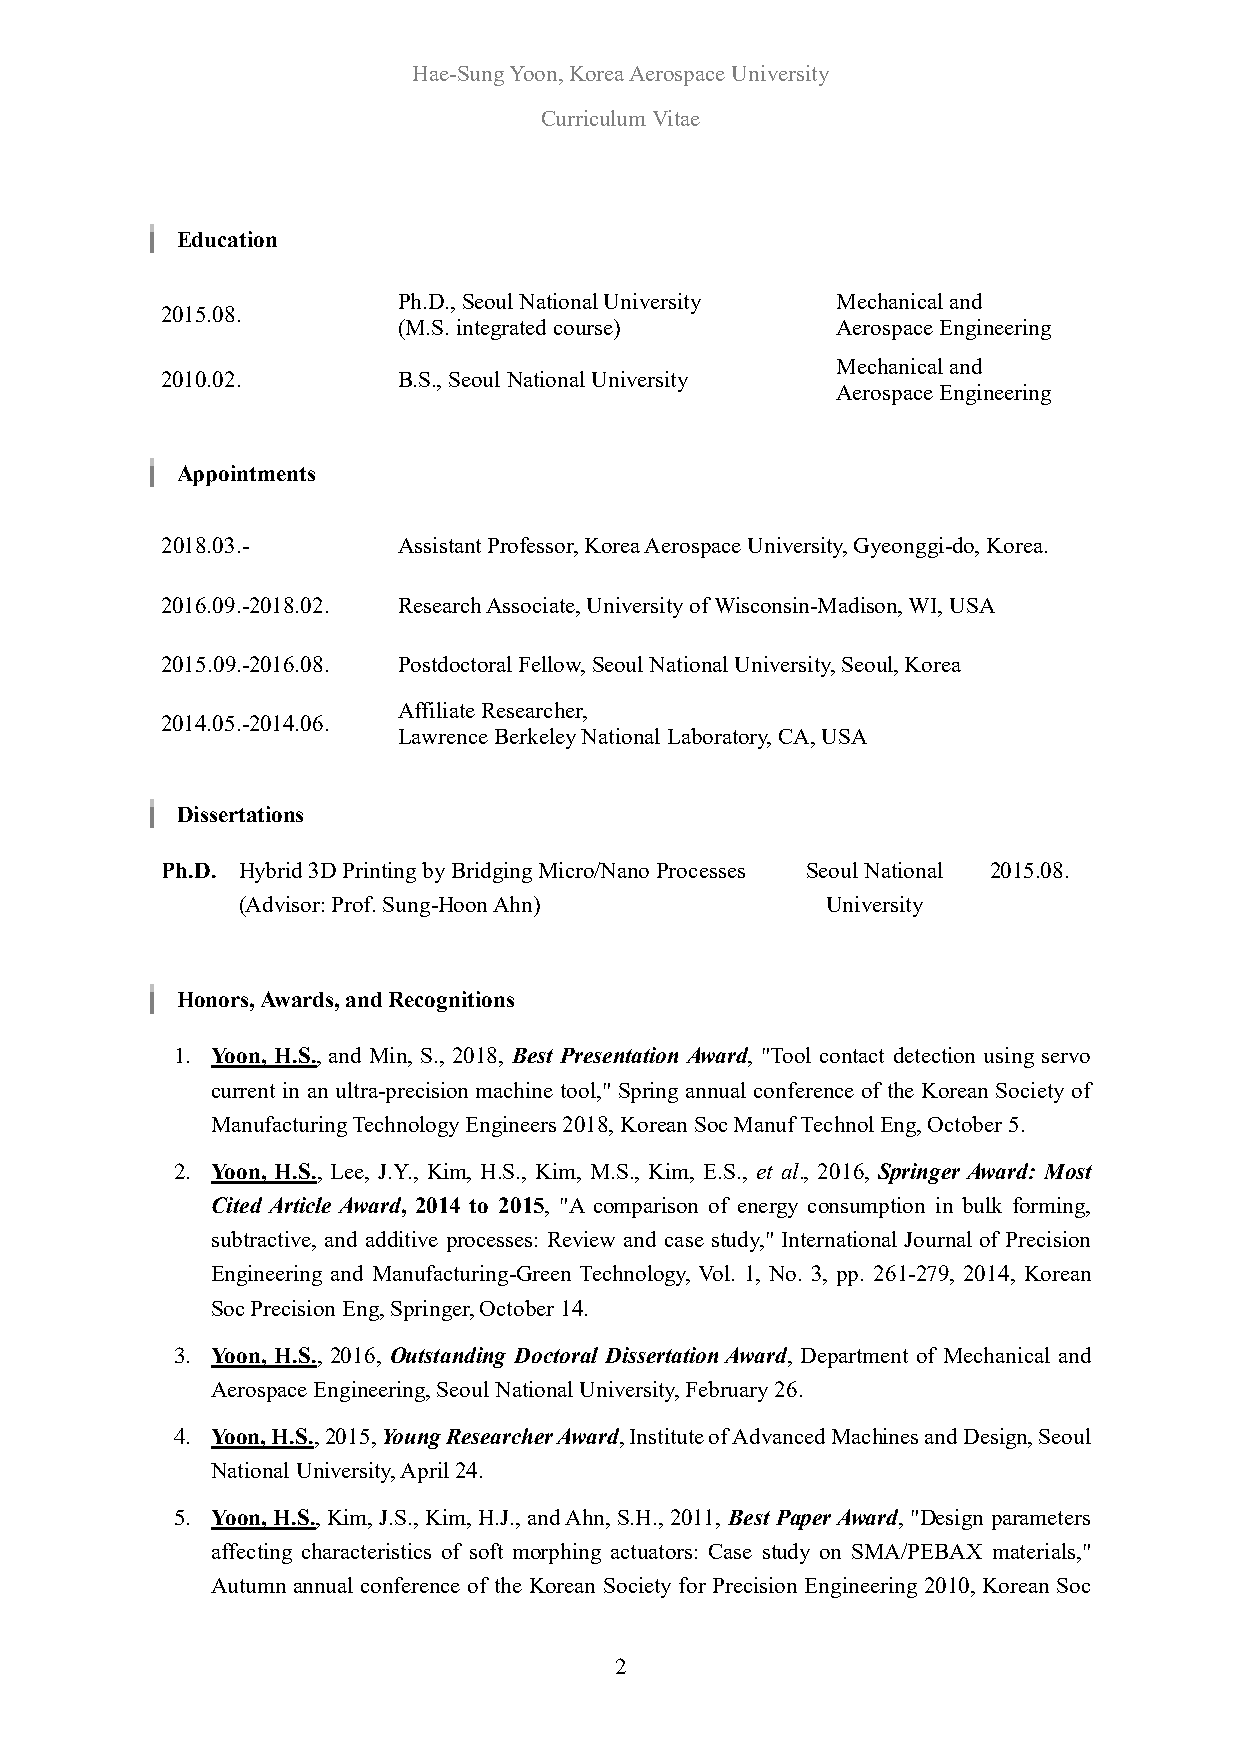
Hae-Sung Yoon, Korea Aerospace University
 Curriculum Vitae
 Education
 Ph.D., Seoul National University Mechanical and
 2015.08.
 (M.S. integrated course)     Aerospace Engineering
 Mechanical and
 2010.02.       B.S., Seoul National University
 Aerospace Engineering
 Appointments
 2018.03.-      Assistant Professor, Korea Aerospace University, Gyeonggi-do, Korea.
 2016.09.-2018.02. Research Associate, University of Wisconsin-Madison, WI, USA
 2015.09.-2016.08. Postdoctoral Fellow, Seoul National University, Seoul, Korea
 Affiliate Researcher,
 2014.05.-2014.06.
 Lawrence Berkeley National Laboratory, CA, USA
 Dissertations
 Ph.D. Hybrid 3D Printing by Bridging Micro/Nano Processes Seoul National 2015.08.
 (Advisor: Prof. Sung-Hoon Ahn)         University
 Honors, Awards, and Recognitions
 1. Yoon, H.S., and Min, S., 2018, Best Presentation Award, "Tool contact detection using servo
 current in an ultra-precision machine tool," Spring annual conference of the Korean Society of
 Manufacturing Technology Engineers 2018, Korean Soc Manuf Technol Eng, October 5.
 2. Yoon, H.S., Lee, J.Y., Kim, H.S., Kim, M.S., Kim, E.S., et al., 2016, Springer Award: Most
 Cited Article Award, 2014 to 2015, "A comparison of energy consumption in bulk forming,
 subtractive, and additive processes: Review and case study," International Journal of Precision
 Engineering and Manufacturing-Green Technology, Vol. 1, No. 3, pp. 261-279, 2014, Korean
 Soc Precision Eng, Springer, October 14.
 3. Yoon, H.S., 2016, Outstanding Doctoral Dissertation Award, Department of Mechanical and
 Aerospace Engineering, Seoul National University, February 26.
 4. Yoon, H.S., 2015, Young Researcher Award, Institute of Advanced Machines and Design, Seoul
 National University, April 24.
 5. Yoon, H.S., Kim, J.S., Kim, H.J., and Ahn, S.H., 2011, Best Paper Award, "Design parameters
 affecting characteristics of soft morphing actuators: Case study on SMA/PEBAX materials,"
 Autumn annual conference of the Korean Society for Precision Engineering 2010, Korean Soc
 2